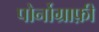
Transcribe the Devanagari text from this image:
पोर्नोग्राफ़ी